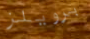
برويلز